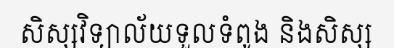
សិស្សវិទ្យាល័យទួលទំពូង និងសិស្ស